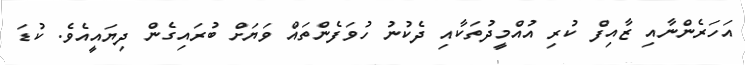
އަހަރެންނާއި ޒާއިފް ކުރި އުއްމީދުތަކާއި ދެކުނު ހުވަފެންތައް ވަޔަށް ބުރައިގެން ދިޔައީއެވެ. ކުޑަ